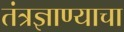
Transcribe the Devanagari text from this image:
तंत्रज्ञाण्याचा